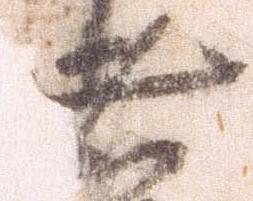
者